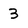
Character: 3